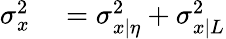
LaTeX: \begin{array}{rl}{\sigma_{x}^{2}}&{{}=\sigma_{x|\eta}^{2}+\sigma_{x|L}^{2}}\end{array}